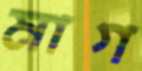
মাগ